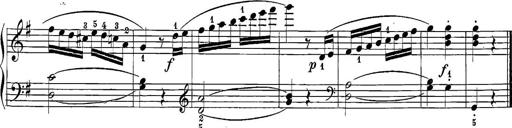
Title: 12 Sonatine per Pianoforte
Composer: Friedrich Kuhlau